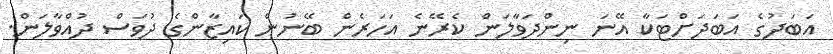
އަބަދުގެ އަބަދަށްޓަކާ އޭނަ ނިންދަވާލަން ކެރޭނެ އަހަރެން ބޭނުން ކައިޒާންގެ ދުވަސް ދުއްވާލަން.